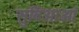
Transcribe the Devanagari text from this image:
सुविआओं